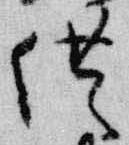
供